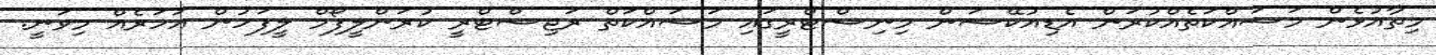
މިތާއުޅެން މަސައްކަތެއްކުރަން އެޑިއުކޭޝަން މިނިސްޓްރީގައި މަސައްކަތް ރަޖިސްޓްރީ ކުރަންލީފޯމް ލީފަހުން އަހަރެއް މިވަނީ.